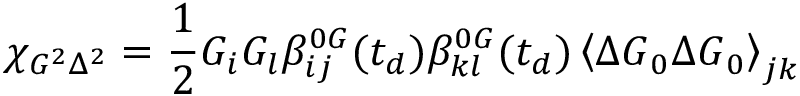
\chi _ { G ^ { 2 } \Delta ^ { 2 } } = \frac { 1 } { 2 } G _ { i } G _ { l } \beta _ { i j } ^ { 0 G } ( t _ { d } ) \beta _ { k l } ^ { 0 G } ( t _ { d } ) \left\langle \Delta \boldsymbol { G } _ { 0 } \Delta \boldsymbol { G } _ { 0 } \right\rangle _ { j k }